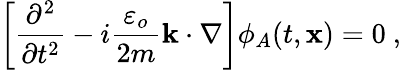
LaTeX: \left[{\frac{\partial^{2}}{\partial t^{2}}}-i\frac{\varepsilon_{o}}{2m}{\mathbf k}\cdot\nabla\right]\phi_{A}(t,\mathbf{x})=0\ ,